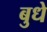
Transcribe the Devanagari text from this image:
बुधे